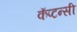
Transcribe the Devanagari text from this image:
कॅप्टन्सी